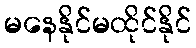
မနေနိုင်မထိုင်နိုင်